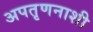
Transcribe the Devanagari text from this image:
अपतृणनाशी